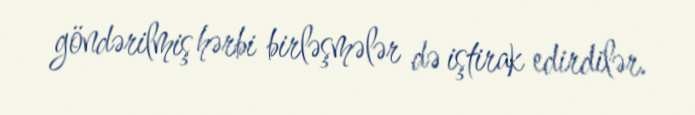
göndərilmiş hərbi birləşmələr də iştirak edirdilər.